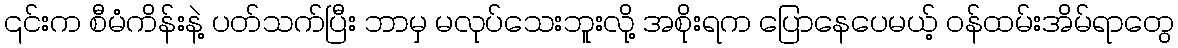
၎င်းက စီမံကိန်းနဲ့ ပတ်သက်ပြီး ဘာမှ မလုပ်သေးဘူးလို့ အစိုးရက ပြောနေပေမယ့် ဝန်ထမ်းအိမ်ရာတွေ